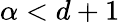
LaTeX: \alpha<d+1